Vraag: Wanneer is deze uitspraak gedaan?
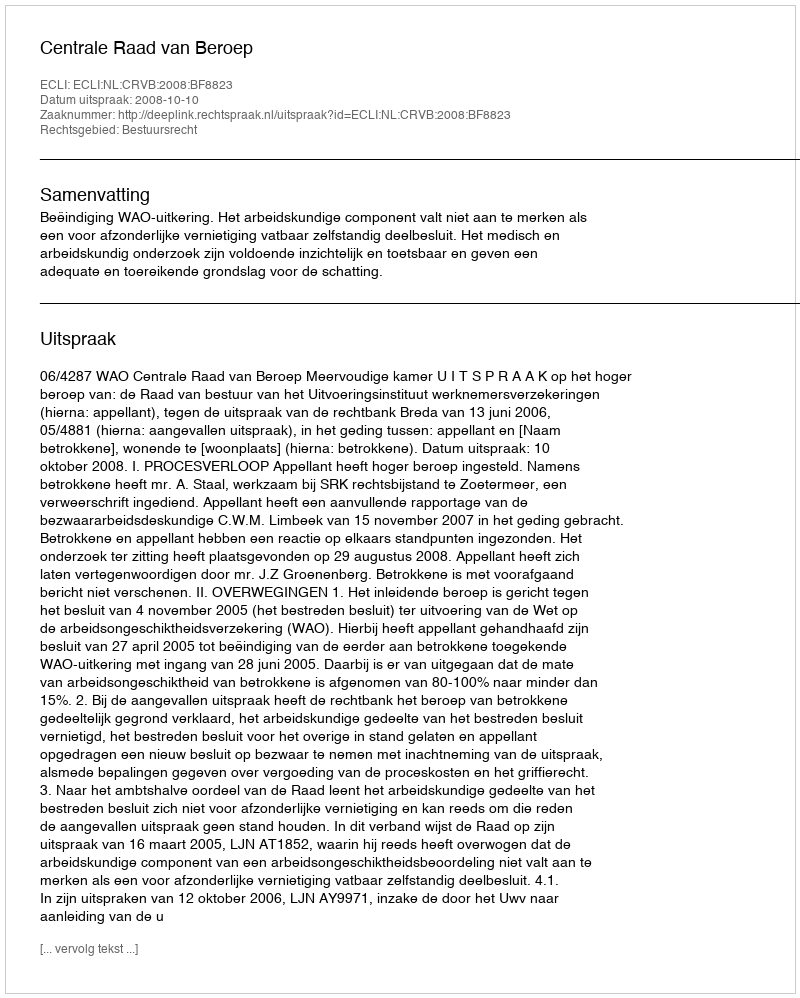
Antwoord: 2008-10-10